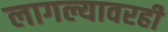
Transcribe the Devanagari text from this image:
लागल्यावरही